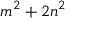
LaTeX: m ^ { 2 } + 2 n ^ { 2 }